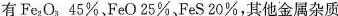
有Fe_{2}O_{3} 45\%，FeO25\%，FeS20\ %，其他金属杂质